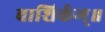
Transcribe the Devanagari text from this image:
वाशिर्कम्॥